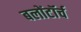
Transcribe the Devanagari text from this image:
बलोंटॉर्च